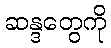
ဆန္ဒတွေကို